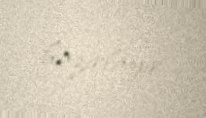
hazırlayır.